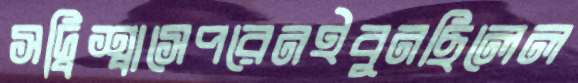
সদ্বিশ্বাসেপরেনইবুনছিলেল